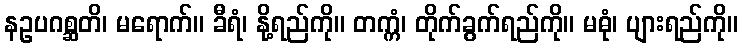
နဥပဂစ္ဆတိ၊ မရောက်။ ခီရံ၊ နို့ရည်ကို။ တက္ကံ၊ တိုက်ခွက်ရည်ကို။ မဓုံ၊ ပျားရည်ကို။